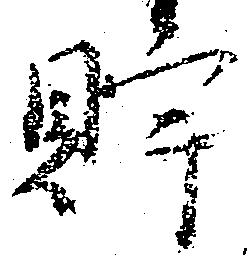
貯